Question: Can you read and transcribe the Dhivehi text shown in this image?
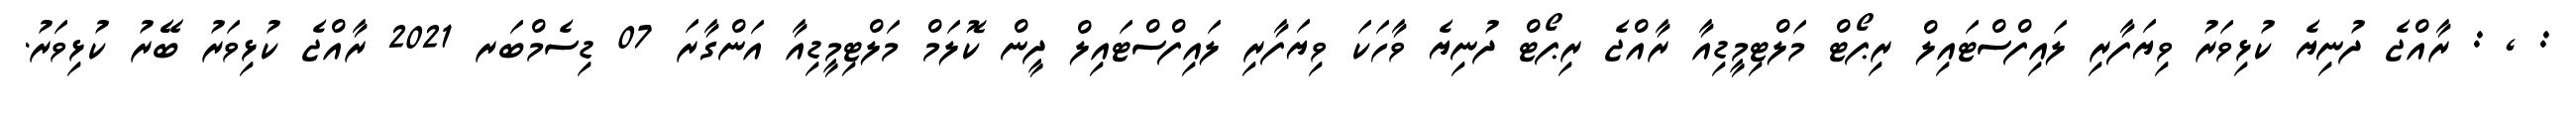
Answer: : , : ރާއްޖެ ދުނިޔެ ކުޅިވަރު ވިޔަފާރި ލައިފްސްޓައިލް ރިޕޯޓް މަލްޓިމީޑިއާ ރާއްޖެ ރިޕޯޓް ދުނިޔެ ވާހަކަ ވިޔަފާރި ލައިފްސްޓައިލް ދީން ކޮލަމް މަލްޓިމީޑިއާ އަންގާރަ 07 ޑިސެމްބަރ 2021 ރާއްޖެ ކުޅިވަރު ބޭރު ކުޅިވަރު.